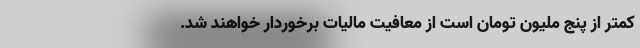
کمتر از پنج ملیون تومان است از معافیت مالیات برخوردار خواهند شد.